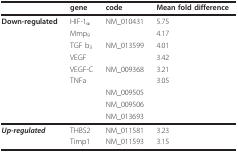
<table><thead><tr><td></td><td><b>gene</b></td><td><b>code</b></td><td><b>Mean fold difference</b></td></tr></thead><tbody><tr><td><b>Down-regulated</b></td><td>HIF-1<sub>α</sub></td><td>NM_010431</td><td>5.75</td></tr><tr><td></td><td>Mmp<sub>9</sub></td><td></td><td>4.17</td></tr><tr><td></td><td>TGF b<sub>3</sub></td><td>NM_013599</td><td>4.01</td></tr><tr><td></td><td>VEGF</td><td></td><td>3.42</td></tr><tr><td></td><td>VEGF-C</td><td>NM_009368</td><td>3.21</td></tr><tr><td></td><td>TNFa</td><td></td><td>3.05</td></tr><tr><td></td><td></td><td>NM_009505</td><td></td></tr><tr><td></td><td></td><td>NM_009506</td><td></td></tr><tr><td></td><td></td><td>NM_013693</td><td></td></tr><tr><td><b><i>Up-regulated</i></b></td><td>THBS2</td><td>NM_011581</td><td>3.23</td></tr><tr><td></td><td>Timp1</td><td>NM_011593</td><td>3.15</td></tr></tbody></table>